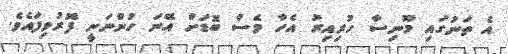
އެ ތަނުގައި މޫނިސާ ހުރިއިރު އެހާ ވެސް ބޮޑަށް އޭނަ ހުންނަނީ ފޮރުވިފައެވެ.